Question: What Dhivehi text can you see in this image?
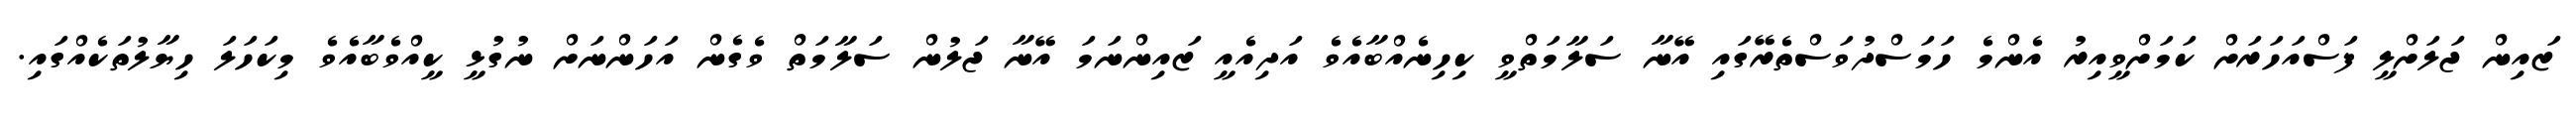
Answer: ޒައިން ޖަލަށްލީ ފަސްއަހަރަށް ކަމަށްވީއިރު އެންމެ ހަމަސްދުވަސްތެރޭގައި އޭނާ ސަލާމަތްވީ ކިހިނެއްބާއެވެ އަދިއެއީ ޒައިންނަމަ އޭނާ ޖަލުން ސަލާމަތް ވެގެން އަހަންނަށް ނުގުޅީ ކީއްވެބާއެވެ މިކަހަލަ ހިޔާލުތަކެއްގައި.